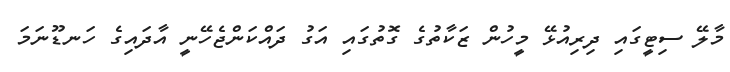
މާލޭ ސިޓީގައި ދިރިއުޅޭ މީހުން ޒަކާތުގެ ގޮތުގައި އަގު ދައްކަންޖެހޭނީ އާދައިގެ ހަނޑޫނަމަ